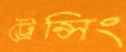
ট্রেন্সিং